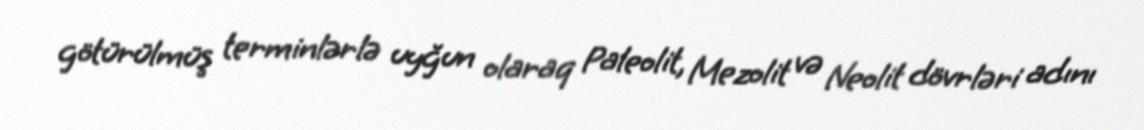
götürülmüş terminlərlə uyğun olaraq Paleolit, Mezolit və Neolit dövrləri adını